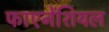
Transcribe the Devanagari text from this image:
फाएनेंशियल